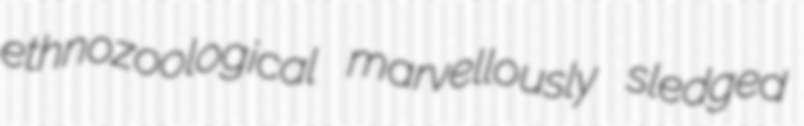
ethnozoological marvellously sledged